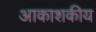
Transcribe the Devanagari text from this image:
आकाशकीय